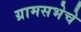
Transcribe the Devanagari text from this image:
ग्रामसभेचे